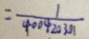
= \frac { 1 } { 4 0 0 4 2 0 3 0 1 }